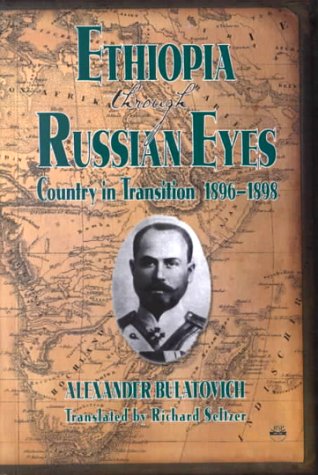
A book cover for Ethiopia Through Russian Eyes: Country in Transition, 1896-1898; A. K. Bulatovich; History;